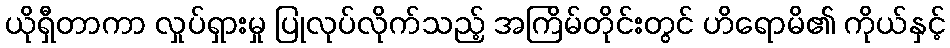
ယိုရှီတာကာ လှုပ်ရှားမှု ပြုလုပ်လိုက်သည့် အကြိမ်တိုင်းတွင် ဟိရောမိ၏ ကိုယ်နှင့်